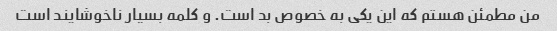
من مطمئن هستم که این یکی به خصوص بد است. و کلمه بسیار ناخوشایند است